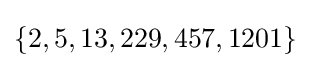
\{2,5,13,229,457,1201\}